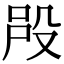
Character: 𣪉